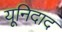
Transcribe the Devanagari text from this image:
यूनिदाद